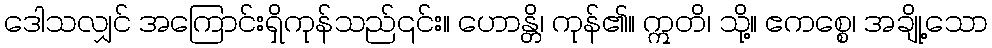
ဒေါသလျှင် အကြောင်းရှိကုန်သည်၎င်း။ ဟောန္တိ၊ ကုန်၏။ ဣတိ၊ သို့။ ဧကစ္စေ၊ အချို့သော